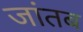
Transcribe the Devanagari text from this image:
जांतब